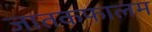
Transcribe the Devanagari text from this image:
जातकफालम